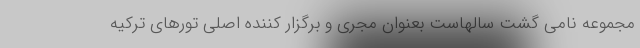
مجموعه نامی گشت سالهاست بعنوان مجری و برگزار کننده اصلی تورهای ترکیه